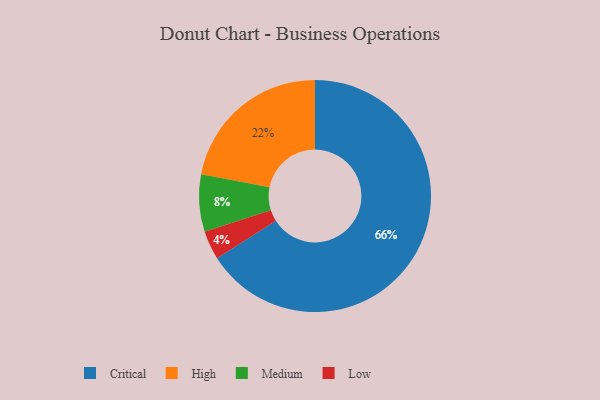
{"axis": {"x": "Category", "y": "Percentage"}, "legend": ["Critical", "High", "Low", "Medium"], "data": [{"x": "Critical", "y": 66, "type": "Critical"}, {"x": "High", "y": 22, "type": "High"}, {"x": "Medium", "y": 8, "type": "Medium"}, {"x": "Low", "y": 4, "type": "Low"}]}